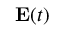
\mathbf { E } ( t )